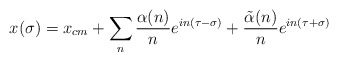
\begin{align*}x(\sigma) = x_{cm} + \sum_n {\alpha (n)\over n}e^{in(\tau-\sigma)} + {\tilde{\alpha} (n)\over n} e^{in(\tau+\sigma)}\end{align*}